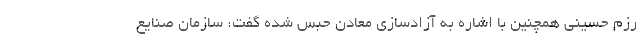
رزم حسینی همچنین با اشاره به آزادسازی معادن حبس شده گفت: سازمان صنایع